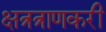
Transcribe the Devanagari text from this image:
क्षत्रत्राणकरी